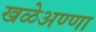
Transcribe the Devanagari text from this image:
खळेअण्णा